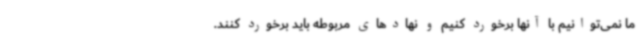
ما نمی‌توانیم با آنها برخورد کنیم و نهادهای مربوطه باید برخورد کنند.